Medical and sanitary report of the native army of Bengal for the year
Year: 1878
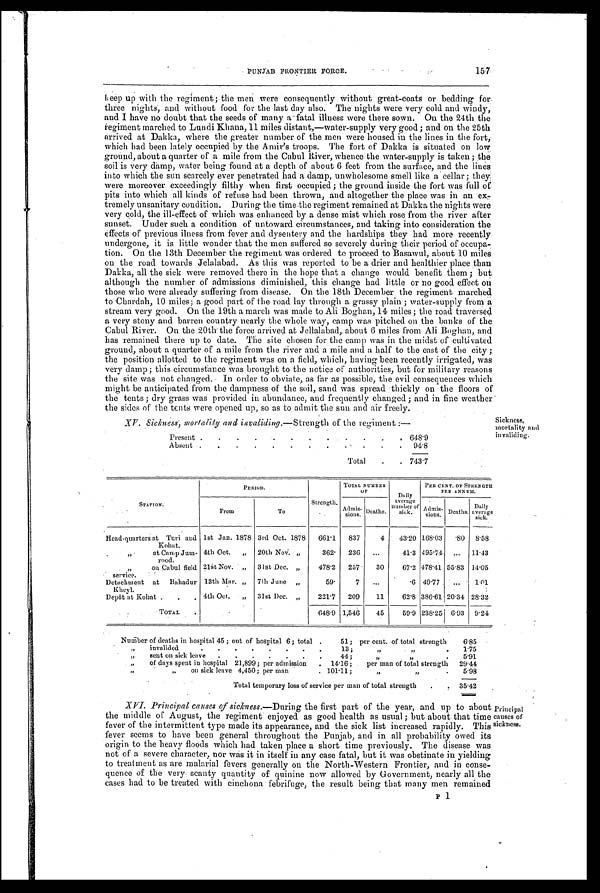
PUNJAB FRONTIER FORCE.
157
keep up with the regiment; the men were consequently Without great-coats or bedding for
t h r e e n i g h t s , a n d w i t h o u t f o o d f o r t h e l a s t c l a y a l s o . T h e n i g h t s w e r e v e r y c o l d a n d w i n d y ,
and I have no doubt that the seeds of many a fatal illness were there sown. On the 24th the
regiment marched to Lundi.Khana, 11 miles distant,—water-supply very good ; and on the 25th
arrived at Dakka, where the greater number of the men were housed in the lines in the fort,
which had been lately occupied by the Amir's troops. The fort of Dakka is situated on low
ground, about a quarter of a mile from the Cabul River, whence the water-supply is taken; the
soil is very damp, water being found at a depth of about 6 feet from the surface, and the lines
into which the sun scarcely ever penetrated had a damp, unwholesome smell like a cellar; they
were moreover exceedingly filthy when first occupied ; the ground inside the fort was full of
pits into which all kinds of refuse had been thrown, and altogether the place was in an ex
- t r e m e l y u n s a n i t a r y c o n d i t i o n . D u r i n g t h e t i m e t h e r e g i m e n t r e m a i n e d a t D a k k a t h e n i g h t s w e r e
Very cold, the ill-effect of which was enhanced br a dense mist which rose from the river after
sunset. Under such a condition of untoward circumstances, and taking into consideration the
effects of previous ilness from fever and dysentery and the hardships they had more recently
undergone, it is little wonder that the men suffered so severely during their period of occupa-
tion. On the 13th December the regiment was ordered to proceed to Basawul, about 10 miles
on the road towards Jelalabad. As this was reported to be a drier and healthier place than
Dakka, all the sick were removed there in the hope that a change would benefit them ; but
although the number of admissions diminished, this change had little or no good effect on
those who were already suffering from disease. On the 18th December the regiment marched
to Chardah, 10 miles; a good part of the road lay through a grassy plain ; water-supply from a
stream very good. On the 19th a march was made to Ali Boghan, 14 miles; the road traversed
a very stony and barren country nearly the whole way, camp was pitched on the banks of the
Cabul River. On the 20th the force arrived at Jellalabad, about 6 miles from Ali Boghan, and
has remained there up to date. The site chosen for the camp was in the midst of cultivated
ground, about a quarter of a mile from the river and a mile and a half to the east of the city ;
the position allotted to the regiment was on a field, which, having been recently irrigated, was
very damp; this circumstance was brought to the notice of authorities, but for military reasons
the site was not changed. In order to obviate, as far as possible, the evil consequences which
might be anticipated from the dampness of the soil, sand was spread thickly on the floors of
the tents ; dry grass was provided in abundance, and frequently changed ; and in fine weather
the sides of the tents were opened up, so as to admit the sun and air freely.
Sickness,
mortality and
invaliding.
XV. Sickness, mortality and invaliding. —Strength of the regiment :—
Present .
.
.
. .
.
. .
.
.
.
. 6 4 8 . 9
Absent .
.
.
.
.
.
.
. . .
.
.
9 4 . 8
Total
.
. 7 4 3 . 7
STATION.
PERIOD.
Strength.
TOTAL NUMBER
OF
Daily
average
number of
sick.
PER CENT. OF STRENGTH
FER ANNUM.
From
To
Admis-
sions .
Deaths.
Admis-
sions. Deaths. Daily average
sick.
Head-quarters at Turi and
Kohat.
1st Jan. 1878 3rd Oct. 1878
661.1
837
4
43.20 168.03
. 8 0 8.58
,, at Camp.Jum-
rood.
4th Oct.
„ 20th Nov. „
362. 236 ...
41.3 495.74 ... 11.43
,, on Cabul field
service.
21st Nov. „ 31st Dec. ,,
478.2 257
30
67.2 478.41 55.83 14.05
Detachment at Bahadur
Kheyl.
13th Mar. „ 7th June „
59.
7
...
.6 49.77
...
1.01
Depôt at Kohat
. . . 4th Oct, ,,
31st Dec. ,,
221.7
209
11
62.8 386.61 20.34 28.32
TOTAL .
648.9 1,546
45
59.9 238.25 6.93 9.24
Number of deaths in hospital 45 ; out of hospital 6; total .
51; per cent. of total strength
6.85
„
invalide
d
. . . . . . .
.
13;
,, ,, .
1.75
„
sent on sick leave
.
.
.
.
.
.
.
44;
„
,, .
5.91
„
of days spent in hospital 21,899; per admission
. 14.16;
per man of total strength
29.44
, ,
,, on sick leave 4,450; per man
. 101.11;
„
,,
.
5.98
Total temporary loss of service per man of total strength
.
35.42
p r i n c i p a l
causes of
sickness
.
XVI.Principal causes of sickness. — D u r i n g t h e f i r s t p a r t o f t h e y e a r , a n d u p t o a b o u t
the middle of August, the regiment enjoyed as good health as usual; but about that time
fever of the intermittent type made its appearance, and the sick list increased rapidly. This
fever seems to have been general throughout the Punjab, and in all probability owed its
origin to the heavy floods which had taken place a short time previously. The disease was
not of a severe character, nor was it in itself iu any case fatal, but it was obstinate in yielding
to treatment as are malarial fevers generally on the North-Western Frontier, and in conse-
quence of the very scanty quantity of quinine now allowed by Government, nearly all the
cases had to be treated with cinchona febrifuge, the result being that many men remained
P
1